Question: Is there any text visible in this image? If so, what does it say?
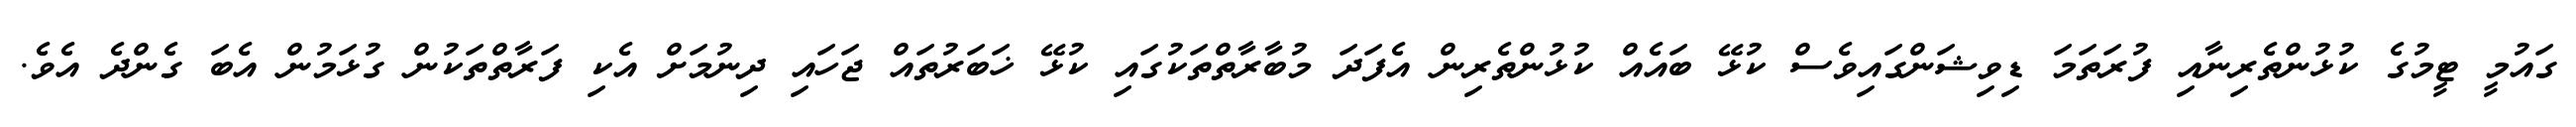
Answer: ގައުމީ ޓީމުގެ ކުޅުންތެރިނާއި ފުރަތަމަ ޑިވިޝަންގައިވެސް ކުޅޭ ބައެއް ކުޅުންތެރިން އެފަދަ މުބާރާތްތަކުގައި ކުޅޭ ޚަބަރުތައް ޖަހައި ދިނުމަށް އެކި ފަރާތްތަކުން ގުޅަމުން އެބަ ގެންދެ އެވެ.